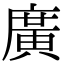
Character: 廣